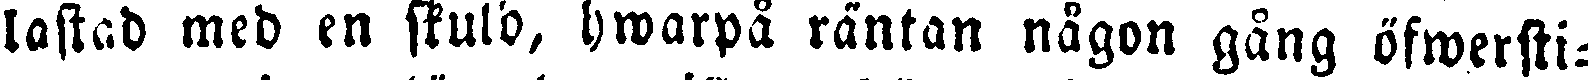
lastad med en skuld, hwarpå räntan någon gång öfwersti-